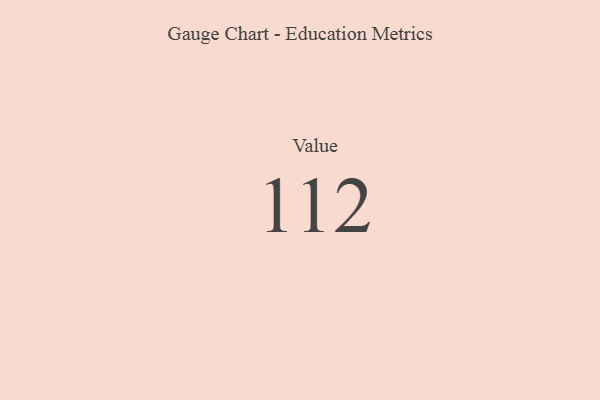
{"axis": {"x": "Metric", "y": "Value"}, "legend": [""], "data": [{"x": "Value", "y": 112, "type": ""}]}